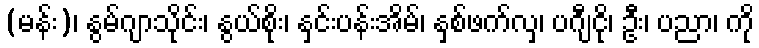
(မန်း)၊ နွမ်ဂျာသိုင်း၊ နွယ်စိုး၊ နှင်းပန်းအိမ်၊ နှစ်ဖက်လှ၊ ပဂျီငို၊ ဦး၊ ပညာ၊ ကို